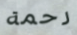
رحمة